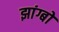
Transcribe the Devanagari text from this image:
झांग्बो